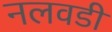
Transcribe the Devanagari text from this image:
नलवडी